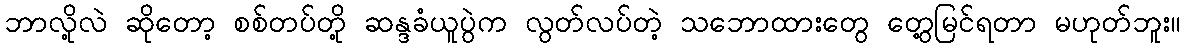
ဘာလို့လဲ ဆိုတော့ စစ်တပ်တို့ ဆန္ဒခံယူပွဲက လွတ်လပ်တဲ့ သဘောထားတွေ တွေ့မြင်ရတာ မဟုတ်ဘူး။